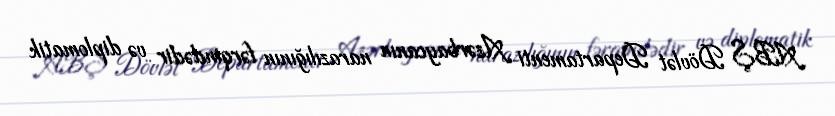
ABŞ Dövlət Departamenti Azərbaycanın narazılığının fərqindədir və diplomatik